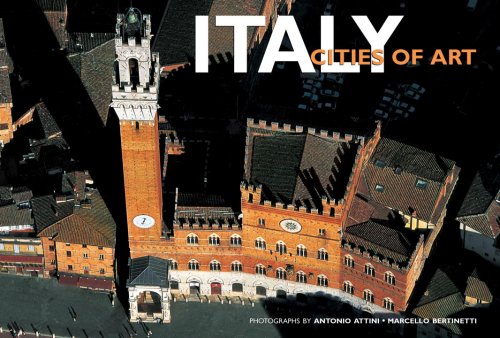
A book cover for Italy: Cities of Art: Italy from Above; Antonio Attini; Arts & Photography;